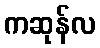
ကဆုန်လ